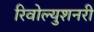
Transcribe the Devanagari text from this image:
रिवोल्युशनरी